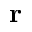
\textbf { r }